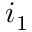
i _ { 1 }